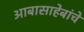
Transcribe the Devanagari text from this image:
आबासाहेबांचे